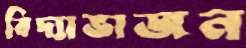
বিদ্যাভাজন